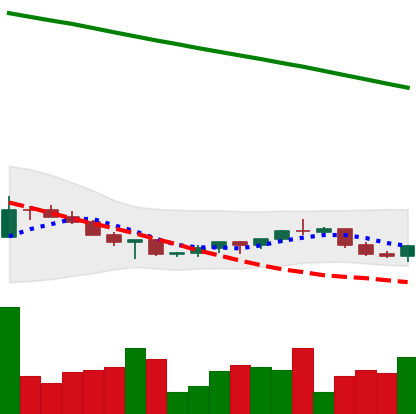
Ticker: XRP-USD
Chart end date: 2022-07-13
Forward return: 13.112%
Label: up_7plus